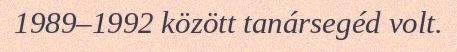
1989–1992 között tanársegéd volt.